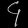
Digit: ၄